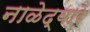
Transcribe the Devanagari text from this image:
नाळेद्वारे